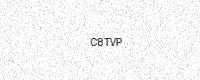
Text: C8TVP